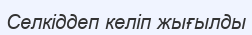
Селкіддеп келіп жығылды